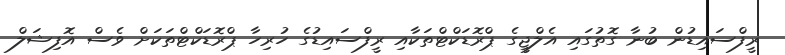
ރީފްސައިޑުން ބުނާ ގޮތުގައި އެލްޖީގެ ޕްރޮޑަކްޓްތަކާއި ރީފްސައިޑުގެ ހުރިހާ ޕްރޮޑަކްޓްތަކަށް ވެސް އޮފިޝަލް